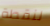
لنقطة